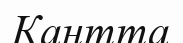
Кантта